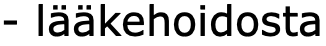
- lääkehoidosta